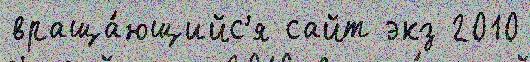
враща́ющийс'я сайт экз 2010